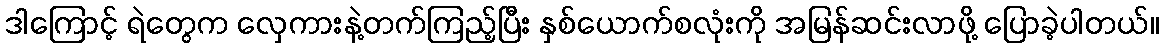
ဒါကြောင့် ရဲတွေက လှေကားနဲ့တက်ကြည့်ပြီး နှစ်ယောက်စလုံးကို အမြန်ဆင်းလာဖို့ ပြောခဲ့ပါတယ်။